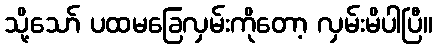
သို့သော် ပထမခြေလှမ်းကိုတော့ လှမ်းမိပါပြီ။